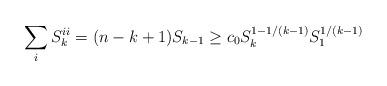
LaTeX: \begin{align*}\sum_i S^{ii}_k = (n - k + 1) S_{k - 1} \geq c_0 S_k^{1 - 1/(k-1)} S_1^{1/(k-1)}\end{align*}